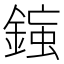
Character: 𨨸